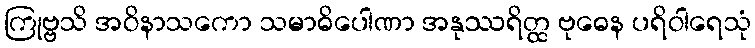
ကြုဗ္ဗသိ အဝိနာသကော သမာဓိပေါဏာ အနုဿရိတ္ထ ဗုဓေန ပရိဝါရေသုံ